Eesti_Vabariigi_Tartu_Ulikool, lk 37
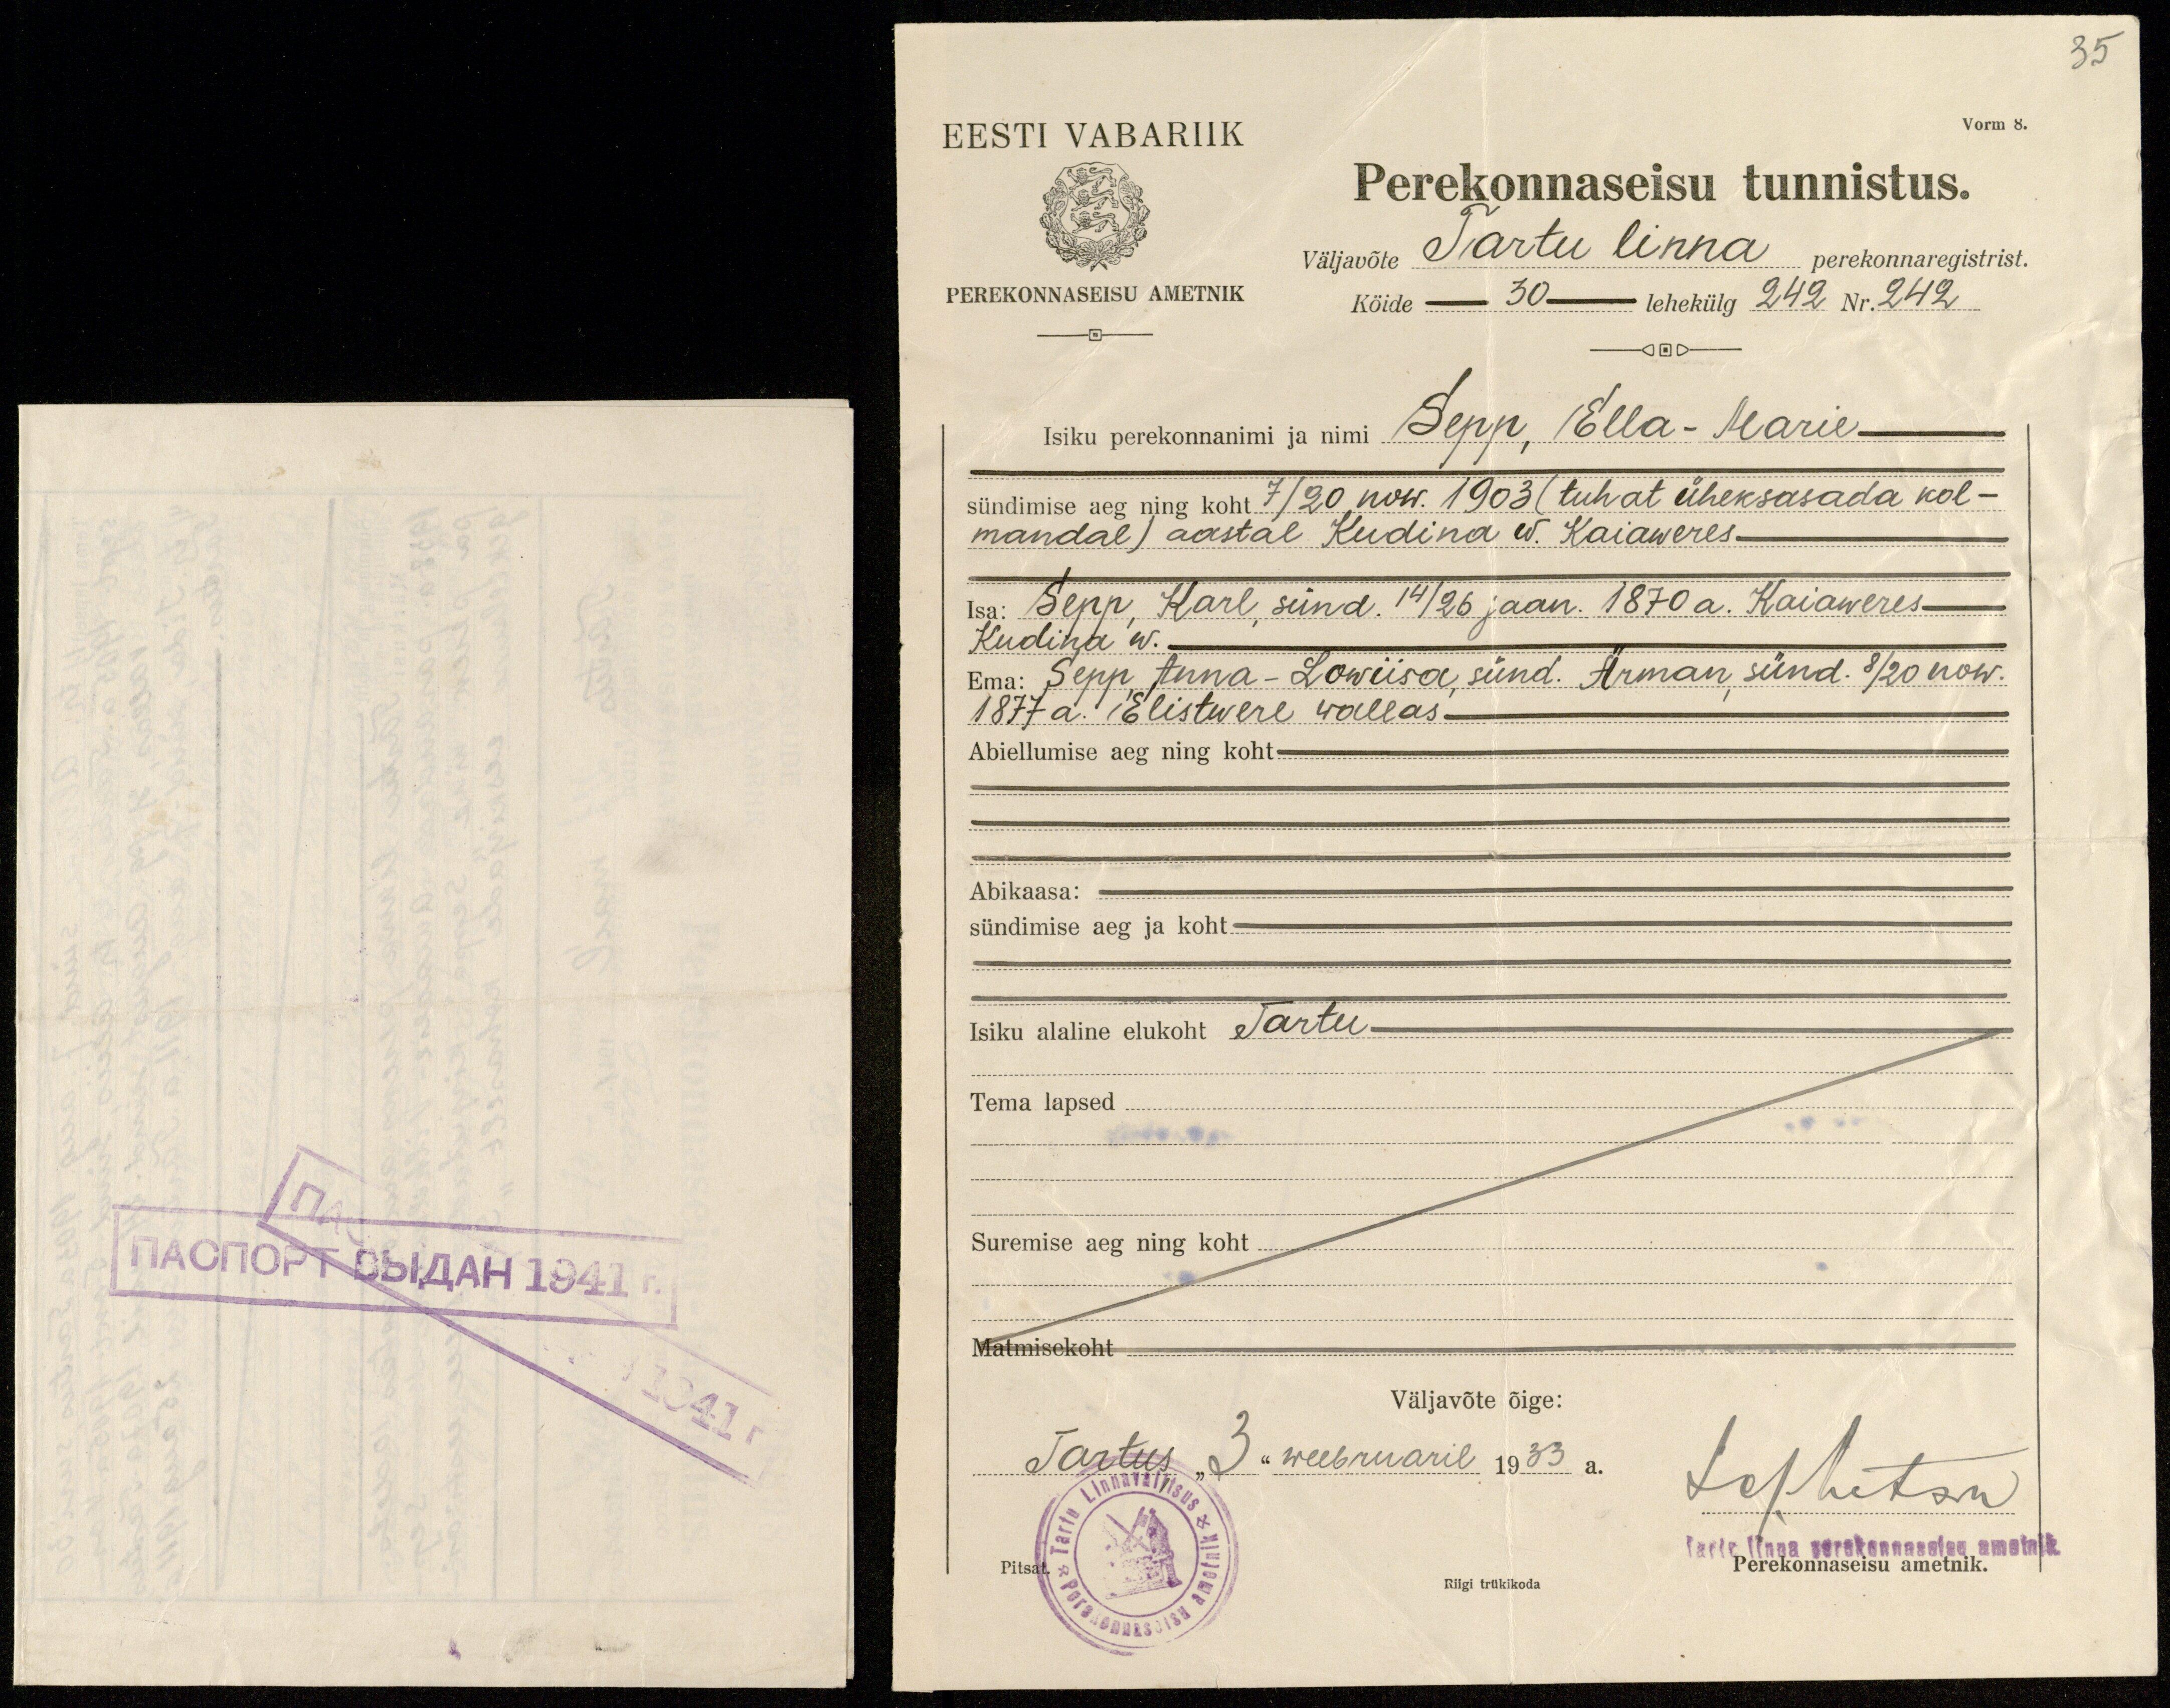
35

Vorm 8.
EESTI VABARIIK
PEREKNNASEISU AMETNIK
Perekonnaseisu tunnistus.
väljavõte Tartu linna perekonnaregistrist.
Kõide 30 lehekülg 242 Nr. 242
Isiku perekonnanimi ja nimi Sepp, Ella-Marie
sündimise aeg ning koht 7/20 now. 1903 (tuhat üheksasada kol-
mandal) aastal Kudina W. Kaiaweres-
Isa: Sepp, Karl, sünd. 14/26 jaan. 1870 a. Kaiaweres-
Kudina w.-
Ema: Sepp, Anna-Lowiisa, sünd. Ärman, sünd. 8/20 now.
1877 a. Elistwere wallas-
Abiellumise aeg ning koht -
Abikaasa:
sündimise aeg ja koht -
Isiku alaline elukoht Tartu-
Tema lapsed.
Suremise aeg ning koht.
Matmisekoht

Väljavõte õige:
Tartus "3" weebruaril 1933 a.
Johutan
Tartu linna perekonnaseisu ametnik
Pitsat.
Riigi trükikoda
Perekonnaseisu ametnik.